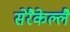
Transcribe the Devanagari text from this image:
सेरैकेल्लै